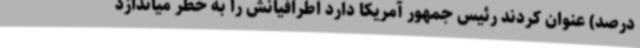
درصد) عنوان کردند رئیس جمهور آمریکا دارد اطرافیانش را به خطر میاندازد